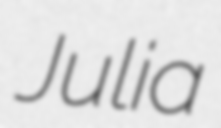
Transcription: Julia